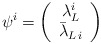
\begin{align*}\psi^i=\left(\begin{array}{c}\lambda^i_L\\\bar{\lambda}_{L\,i}\end{array}\right)\end{align*}